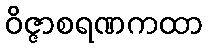
ဝိဇ္ဇာစရဏကထာ